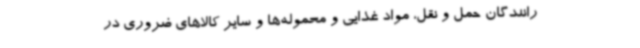
رانندگان حمل و نقل، مواد غذایی و محموله‌ها و سایر کالاهای ضروری در